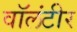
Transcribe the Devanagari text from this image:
वॉलंटीर